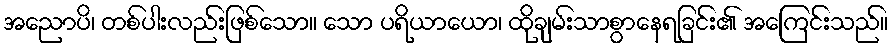
အညောပိ၊ တစ်ပါးလည်းဖြစ်သော။ သော ပရိယာယော၊ ထိုချမ်းသာစွာနေရခြင်း၏ အကြေင်းသည်။